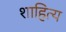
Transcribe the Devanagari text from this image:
शाहित्य